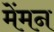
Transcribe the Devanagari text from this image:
मेंमन